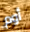
أوم